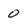
Character: O